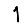
Digit: 1